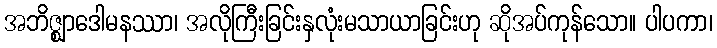
အဘိဇ္ဈာဒေါမနဿာ၊ အလိုကြီးခြင်းနှလုံးမသာယာခြင်းဟု ဆိုအပ်ကုန်သော။ ပါပကာ၊